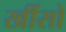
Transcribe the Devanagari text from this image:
खींसो